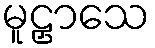
မူဠှာသေ